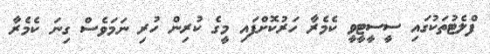
ފްލެޓުތަކުގައި ސީސީޓީވީ ކެމެރާ ހަރުކޮށްފައި މީގެ ކުރިން ހުރި ނަމަވެސް ގިނަ ކެމެރާ